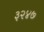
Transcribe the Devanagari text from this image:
३२४७